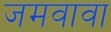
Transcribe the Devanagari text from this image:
जमवावा